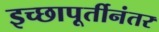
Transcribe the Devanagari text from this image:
इच्छापूर्तीनंतर